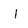
Character: I